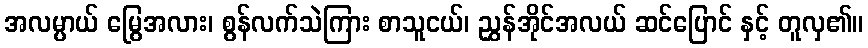
အလမ္ပာယ် မြွေအလား၊ စွန်လက်သဲကြား စာသူငယ်၊ ညွှန်အိုင်အလယ် ဆင်ပြောင် နှင့် တူလှ၏။